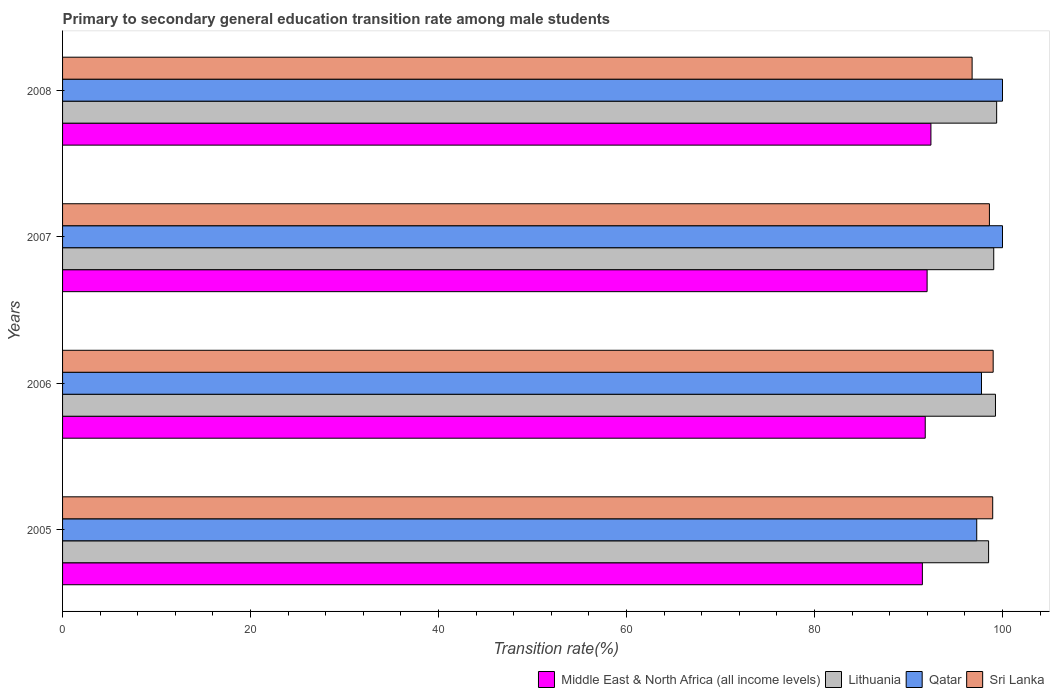
| Years | Middle East & North Africa (all income levels) | Lithuania | Qatar | Sri Lanka |
 | --- | --- | --- | --- | --- |
 | 2005 | 91.5 | 98.5 | 97.3 | 99 |
 | 2006 | 91.8 | 99.3 | 97.8 | 99 |
 | 2007 | 92 | 99.1 | 100 | 98.6 |
 | 2008 | 92.4 | 99.4 | 100 | 96.8 |